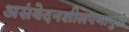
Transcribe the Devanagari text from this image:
असंवेदनशीलपणामुळे